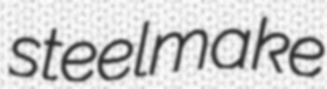
steelmake